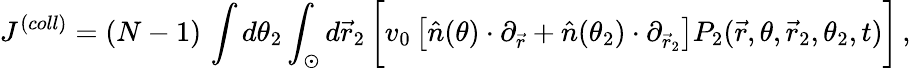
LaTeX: J^{(coll)}=(N-1)\, \int d\theta_{2}\int_{\odot}d\vec{r}_{2}\, \bigg[v_{0}\left[\hat{n}(\theta)\cdot\partial_{\vec{r}}+\hat{n}(\theta_{2})\cdot\partial_{\vec{r}_{2}}\right]P_{2}(\vec{r},\theta,\vec{r}_{2},\theta_{2},t)\bigg]\, ,